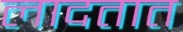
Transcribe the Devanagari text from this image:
लादतात